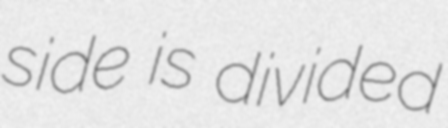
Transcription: side is divided